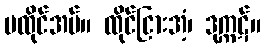
မထိုင်အပ်။ ထိုင်ငြားအံ့၊ ဒုက္ကဋ်။